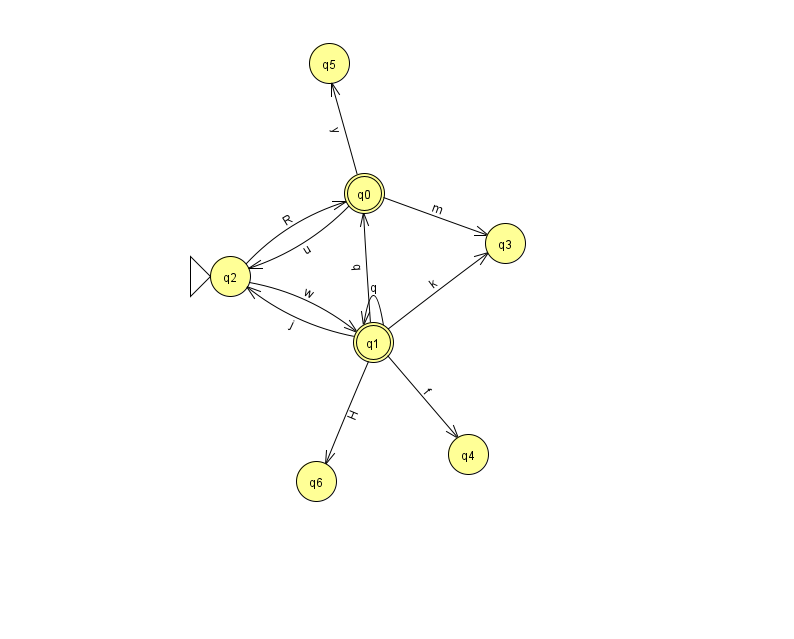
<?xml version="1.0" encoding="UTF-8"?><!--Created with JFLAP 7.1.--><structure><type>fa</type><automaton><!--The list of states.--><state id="0" name="q0"><x>364.0</x><y>180.0</y><final/></state><state id="1" name="q1"><x>373.0</x><y>329.0</y><final/></state><state id="2" name="q2"><x>230.0</x><y>263.0</y><initial/></state><state id="3" name="q3"><x>505.0</x><y>230.0</y></state><state id="4" name="q4"><x>468.0</x><y>441.0</y></state><state id="5" name="q5"><x>329.0</x><y>50.0</y></state><state id="6" name="q6"><x>316.0</x><y>468.0</y></state><!--The list of transitions.--><transition><from>1</from><to>6</to><read>H</read></transition><transition><from>1</from><to>0</to><read>q</read></transition><transition><from>1</from><to>1</to><read>q</read></transition><transition><from>2</from><to>0</to><read>R</read></transition><transition><from>2</from><to>1</to><read>w</read></transition><transition><from>0</from><to>2</to><read>u</read></transition><transition><from>1</from><to>3</to><read>k</read></transition><transition><from>1</from><to>2</to><read>j</read></transition><transition><from>1</from><to>4</to><read>f</read></transition><transition><from>0</from><to>5</to><read>y</read></transition><transition><from>0</from><to>3</to><read>m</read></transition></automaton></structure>